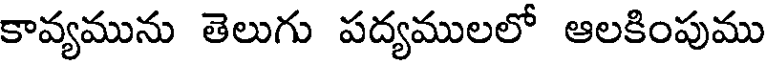
కావ్యమును తెలుగు పద్యములలో ఆలకింపుము